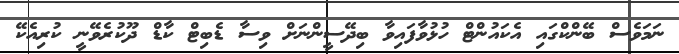
ނަމަވެސް ބޭންކްގައި އެކައުންޓް ހުޅުވާފައިވާ ބިދޭސީންނަށް ވިސާ ޑެބިޓް ކާޑް ދޫކުރެވޭނީ ކުރިއެކޭ